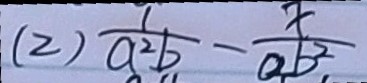
( 2 ) \frac { 1 } { a ^ { 2 } b } - \frac { x } { a b ^ { 2 } }